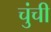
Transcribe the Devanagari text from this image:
चुंची